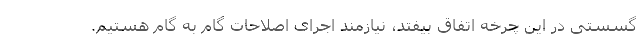
گسستی در این چرخه اتفاق بیفتد، نیازمند اجرای اصلاحات گام به گام هستیم.